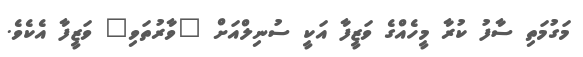
މަގުމަތި ސާފު ކުރާ މީހެއްގެ ވަޒީފާ އަކީ ސުނިލްއަށް "ވާރުތަވި" ވަޒީފާ އެކެވެ.